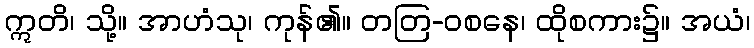
ဣတိ၊ သို့။ အာဟံသု၊ ကုန်၏။ တတြ-ဝစနေ၊ ထိုစကား၌။ အယံ၊